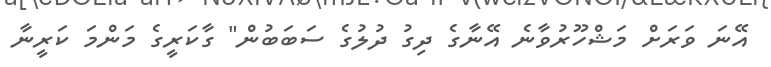
އޭނަ ވަރަށް މަޝްހޫރުވާނެ އޭނާގެ ދިގު ދުލުގެ ސަބަބުން" ގާކަރީގެ މަންމަ ކަރީނާ